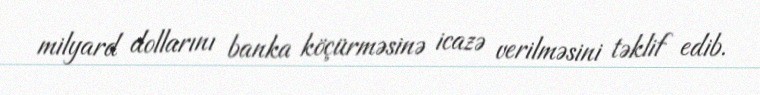
milyard dollarını banka köçürməsinə icazə verilməsini təklif edib.